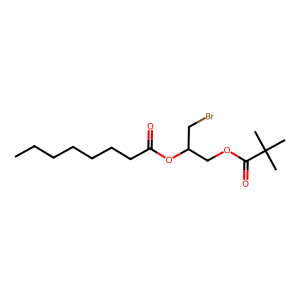
SMILES: CCCCCCCC(=O)OC(CBr)COC(=O)C(C)(C)C
Inhibits HIV replication: No